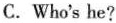
C.Who's he?